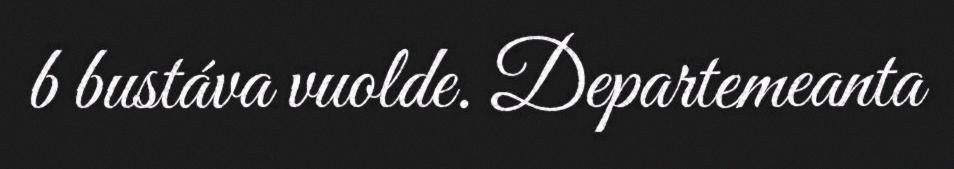
b bustáva vuolde. Departemeanta